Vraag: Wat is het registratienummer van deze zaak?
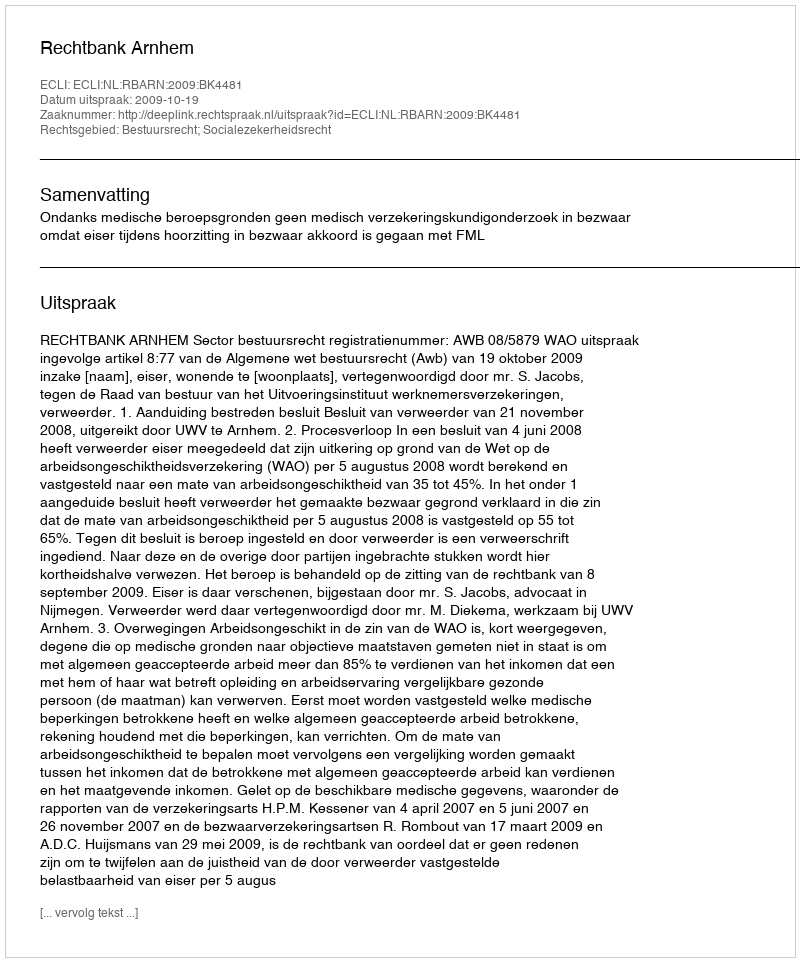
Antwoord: http://deeplink.rechtspraak.nl/uitspraak?id=ECLI:NL:RBARN:2009:BK4481